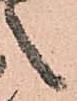
之